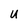
Character: U